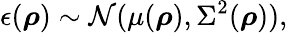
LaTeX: \epsilon(\boldsymbol{\mathbf{\rho}})\sim\mathcal{N}(\mu(\boldsymbol{\mathbf{\rho}}),\Sigma^{2}(\boldsymbol{\mathbf{\rho}})),